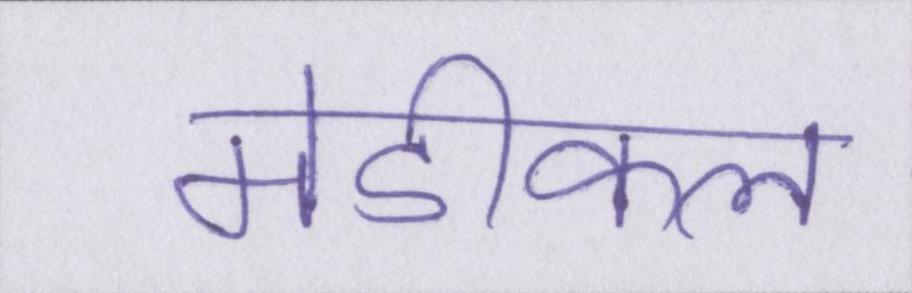
मेडीकल